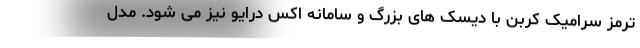
ترمز سرامیک کربن با دیسک های بزرگ و سامانه اکس درایو نیز می شود. مدل